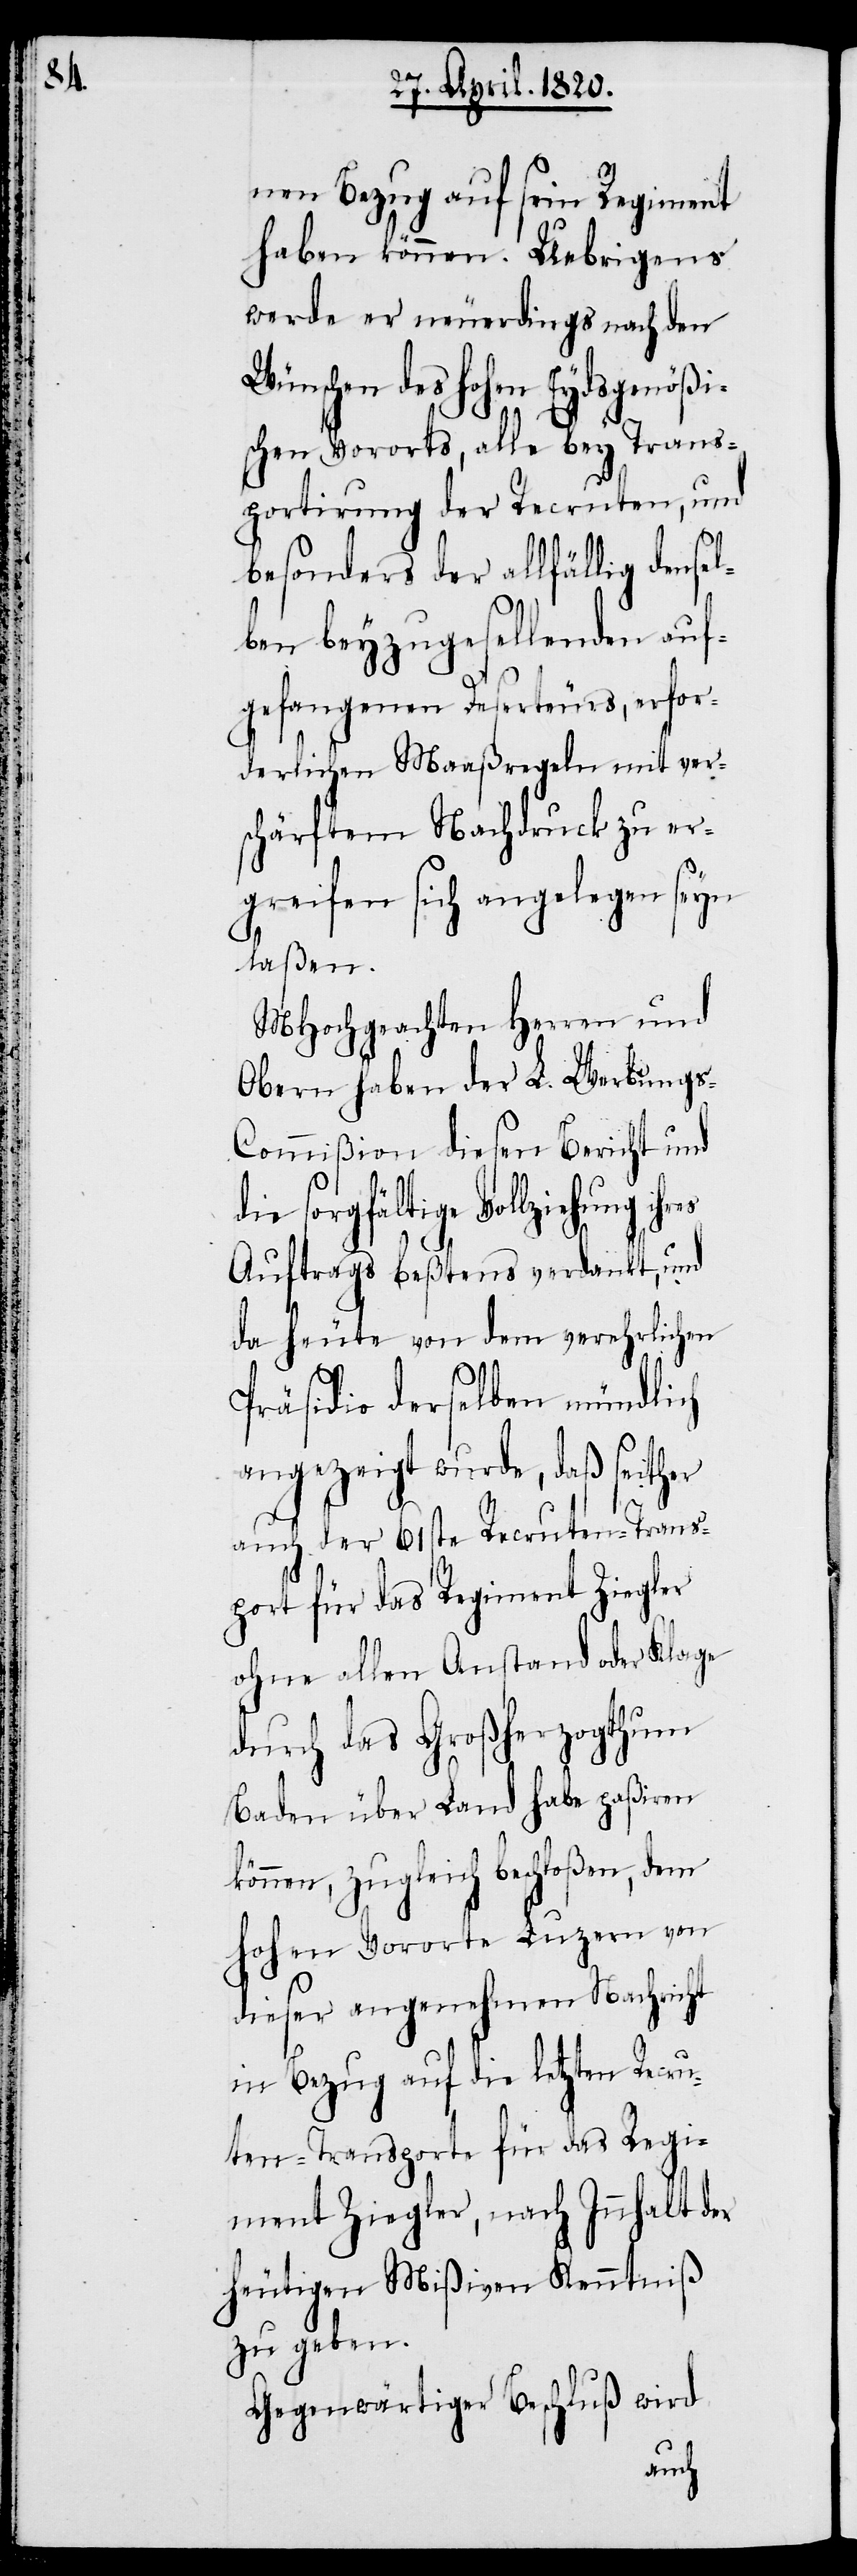
d¬

nen Bezug auf sein Regiment
haben können. Uebrigens
werde er neuerdings nach den
Wünschen des Hohen Eydsgenößi¬
schen Vororts, alle bey Trans¬
portirung der Recruten, und
besonders der allfällig densel¬
ben beyzugesellenden auf¬
gefangenen Deserteurs, erfor¬
derlichen Maaßregeln mit ver¬
schärftem Nachdruck zu er¬
greifen sich angelegen seyn
laßen.
MHochgeachten Herren und
Obern haben der L. Werbung¬
s-Commißion diesen Bericht und
ie sorgfältige Vollziehung
Auftrags bestens verdankt, und
da heute von dem verehrlichen
Präsidio derselben mündlich
angezeigt wurde, daß seither
auch der 61ste Recruten-Trans¬
port für das Regiment Ziegler
ohne allen Anstand oder Klage
durch das Großherzogthum
Baden über Land habe paßiren
können, zugleich beschloßen, dem
Hohen Vororte Luzern von
dieser angenehmen Nachricht
in Bezug auf die letzten Recru¬
ten-Transporte für das Regi¬
ment Ziegler, nach Inhalt der
heutigen Mißiven Kenntniβ
zu geben.
Gegenwärtiger Beschluß wird